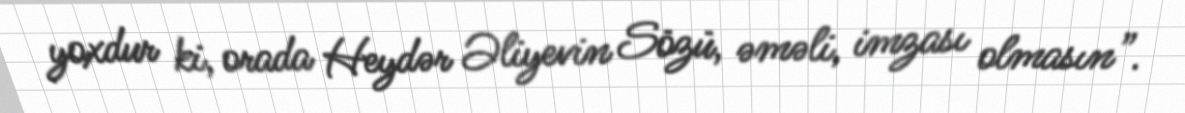
yoxdur ki, orada Heydər Əliyevin Sözü, əməli, imzası olmasın”.